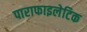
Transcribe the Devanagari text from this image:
पाराफाइलेटिक